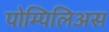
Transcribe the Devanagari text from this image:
पोम्पिलिअस